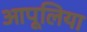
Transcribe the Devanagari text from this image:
आपूलिया